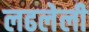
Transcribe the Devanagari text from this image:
लढलेली